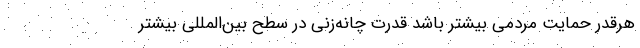
هر‌قدر حمایت مردمی بیشتر باشد قدرت چانه‌زنی در سطح بین‌المللی بیشتر